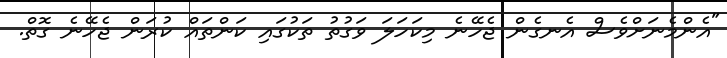
"އެންމެނަށްވެސް އެނގެން ޖެހޭނެ މިކަހަލަ ވަގުތު ތަކުގައި ކަންތައް ކުރަން ޖެހޭނެ ގޮތް.